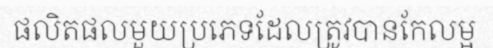
ផលិតផលមួយប្រភេទដែលត្រូវបានកែលម្អ